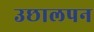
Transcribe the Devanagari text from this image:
उछालपन